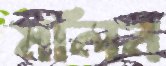
মলিন